Civil Veterinary Dept. Bombay admin report 1907-1913 - 1907-1913
Year: 1907
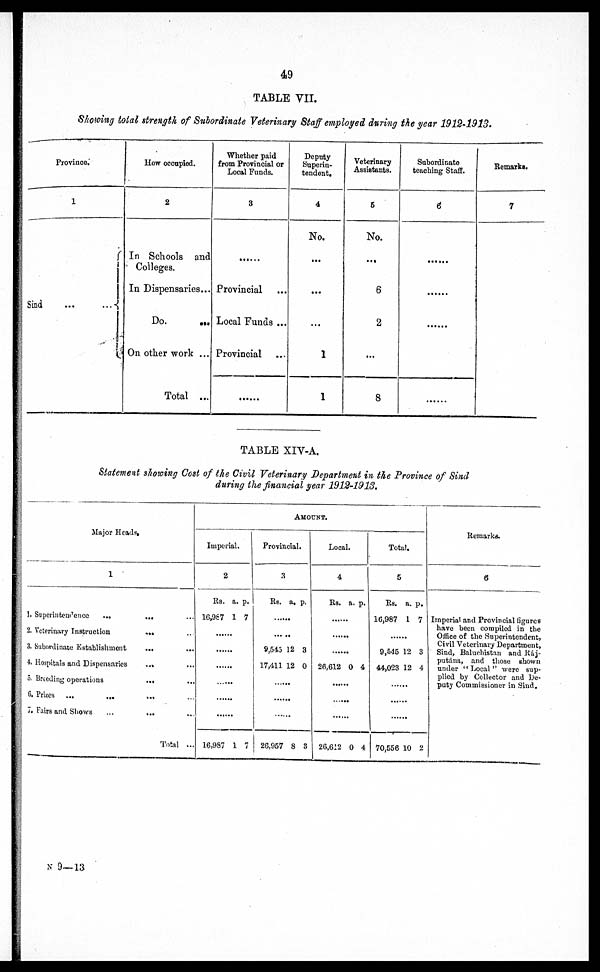
49
TABLE VII.
Showing total strength of Subordinate Veterinary Staff employed during the year 1912-1913.
Province.
1
Sind
...
...
How occupied.
2
In Schools and
Colleges.
In Dispensaries...
Do.
...
On other work ...
Total ...
Whether paid
from Provincial or
Local Funds.
3
......
Provincial ...
Local Funds ...
Provincial ...
......
Deputy
Superin-
tendent.
4
No.
...
...
...
1
1
Veterinary
Assistants.
5
No.
...
6
2
...
8
Subordinate
teaching Staff.
6
......
......
......
......
Remarks.
7
TABLE XIV-A.
Statement showing Cost of the Civil Veterinary Department in the Province of Sind
during the financial year 1912-1913.
Major Heads.
1
1. Superintendence
...
... ...
2. Veterinary Instruction
... ...
3. Subordinate Establishment
...
...
4. Hospitals and Dispensaries
... ...
5. Breeding operations
... ...
6. Prizes ...
...
... ...
7. Fairs and Shows
...
... ...
Total ...
AMOUNT.
Imperial.
2
Rs.
16,967
..
..
..
..
..
..
16,987
a.
1
..
..
..
..
..
..
1
p.
7
..
..
..
..
..
..
7
Provincial.
3
Rs.
..
..
9,545
17,411
..
..
..
26,957
a.
..
..
12
12
..
..
..
8
p.
..
..
3
0
..
..
..
3
Local.
4
Rs.
..
..
..
26,612
..
..
..
26,612
a.
..
..
..
0
..
..
..
0
p.
..
..
..
4
..
..
..
4
Total.
5
Rs.
16,987
..
9,545
44,023
..
..
..
70,556
a.
1
..
12
12
..
..
..
10
p.
7
..
3
4
..
..
..
2
Remarks.
6
Imperial and Provincial figures
have been compiled in the
Office of the Superintendent,
Civil Veterinary Department,
Sind, Baluchistan and Ráj-
putána, and those shown
under "Local" were sup-
plied by Collector and De-
puty Commissioner in Sind.
N 9—13